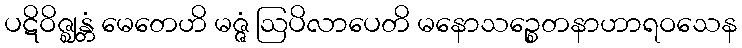
ပဋိဝိဇ္ဈန္တံ မေတေဟိ မဇ္ဇံ ဩပိလာပေတိ မနောသဉ္စေတနာဟာရဝသေန